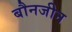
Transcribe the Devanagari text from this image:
बौनजीन